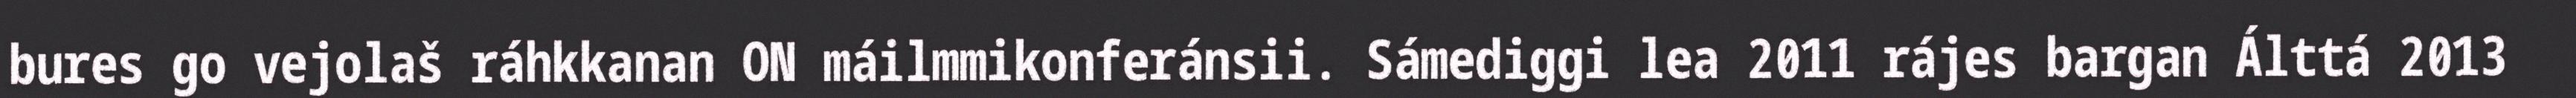
bures go vejolaš ráhkkanan ON máilmmikonferánsii. Sámediggi lea 2011 rájes bargan Álttá 2013